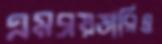
এমব্রয়ডারিও